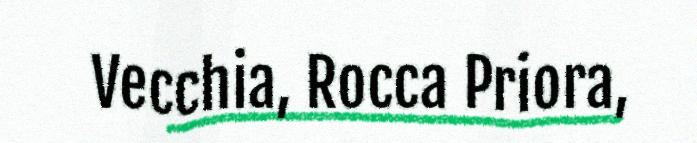
Vecchia, Rocca Priora,